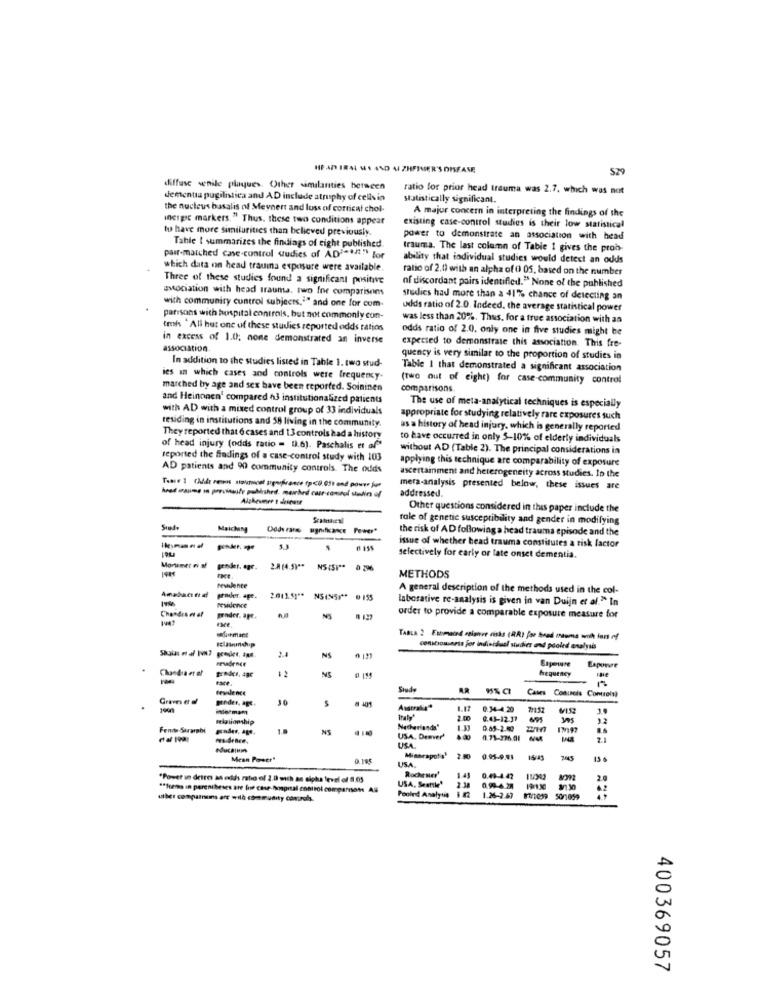
HEAD IRAL WI AND ALZHEIMER'S DISEASE
S29
diffuse senile plaques. Other similarities between
ratio for prior head trauma was 2.7, which was not
dementia pugilistica and AD include atrusphy of cellsin
statistically significant.
the nucleus basalis of Meynert and loss of cortical chol-
incigsc markers. " Thus, these two conditions appear
A major concern in interpreting the findings of the
to have more similarities than believed previously.
existing case-control studies is their low statistical
power to demonstrate an association with head
Tahle I summarizes the findings of eight published
trauma. The last column of Table 1 gives the prob-
pair-matched case-control sudies of ADi="#" for
ability that individual studies would detect an odds
which data on head trauma exposure were available.
ratio of 2.0 with an alpha of 0 05, based on the number
Three of these studies found a significant positive
of discordant pairs identified." None of the published
association with head trauma, two Ine comparisons
studies had more than a 41% chance of detecting an
with community control subjects,"" and one for com-
udds ratio of 2.0. Indeed, the average statistical power
parisons with hospital controls, but not commonly con-
was less than 20%. Thus, for a true association with an
trois ' All hut one of these studies reported odds ratios
odds ratio of 2.0. only one in five studies might be
in excess of 1.0; none demonstrated an inverse
expected to demonstrate this association. This fre-
association
quency is very similar to the proportion of studies in
In addition to the studies listed in Table 1. two stud-
Table 1 that demonstrated a significant association
ies in which cases and controls were frequency.
(two out of eight) for case-community control
marched by age and sex have been reported. Soininen
comparisons.
and Heinonen' compared h3 institutionalized patients
The use of meta-analytical techniques is especially
with AD with a mixed control group of 33 individuals
residing in institutions and 58 living in the community.
appropriate for studying relatively rare exposures such
as a history of head injury, which is generally reported
They reported that 6 cases and 13 controls had a history
to have occurred in only 5-10% of elderly individuals
of head injury (odds ratio = D.6). Paschalis et af"
without AD (Table 2). The principal considerations in
reported the findings of a case-control study with 103
applying this technique are comparability of exposure
AD patients and 90 community controls. The odds
ascertainment and heterogeneity across studies. In the
mera-analysis presented below, these issues are
addressed.
Alzheimer t deinate
Other questions considered in this paper include the
role of genetic susceptibility and gender in modifying
Maicheng Odderano ugnifiance Power"
the risk of AD following a head trauma episode and the
issue of whether head trauma constitutes a risk factor
selectively for early or late onset dementia.
Mortmet ri af
gender, ogr.
24(4.59"" NS(SI" 0296
METHODS
fewhlente
A general description of the methods used in the col-
grader. age.
2011.51 ** N54N51 **
laborative re-analysis is given in van Duijn et al." In
Chondrse at
residence
proder. apt.
NS
order to provide a comparable exposure measure for
TABLA : Extraind misure risks (RR) for bead coma with lars of
consciousness for individual studies and pooled analysés
NS
Chandra er of
1 2
hequency
Esporre
raie
teudence
Siude
Cases Conuseis Controls
Binder, age.
30
# 401
inle mam
1.17
0.34-4.20
2:157
1.
0.43-12.37
Fendte-Serarabi
1 ..
0.85-2.40
USA, Deever'
0.71-276.01 NM
educainin
USA
Mean Power"
0.185
USA
Minneapolis'
0.05-9.93
15 6
-
Rochener'
14
"Power in detres an odds ratio of 2.0 och an sipku level of 8.05
USA, Seattle'
0.49-4:47
2 0
""Seems in parentheses are for case-Shopral control comparisons Al
Pooled Analyti in
0.99-4.28
197130
ulber compatnuns af wilà community controls.
1.26-2.67
400369057